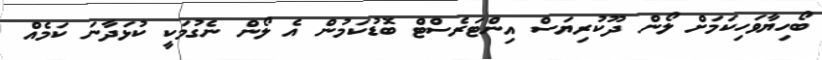
ބޯހިޔާވަހިކަމަށް ލޯން ދޫކުރިޔަސް އިންޓަރެސްޓް ބޮޑުކަމުން އެ ލޯން ނެގުމަކީ ކުޅަދާނަ ކަމެއް